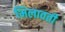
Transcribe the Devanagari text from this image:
भिलावती